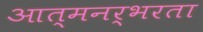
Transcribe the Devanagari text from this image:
आत्मनर्भरता